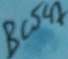
Text: BC547